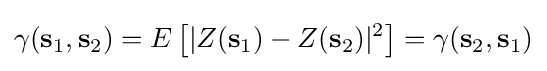
\gamma (\mathbf {s} _{1},\mathbf {s} _{2})=E\left[|Z(\mathbf {s} _{1})-Z(\mathbf {s} _{2})|^{2}\right]=\gamma (\mathbf {s} _{2},\mathbf {s} _{1})